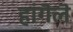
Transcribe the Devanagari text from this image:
हांगॆलॆ